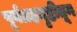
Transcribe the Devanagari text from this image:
पूर्वग्रहदृष्टीतून